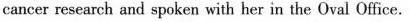
cancer research and spoken with her in the Oval Office.